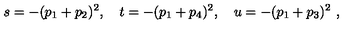
s = - ( p _ { 1 } + p _ { 2 } ) ^ { 2 } , \quad t = - ( p _ { 1 } + p _ { 4 } ) ^ { 2 } , \quad u = - ( p _ { 1 } + p _ { 3 } ) ^ { 2 } \ ,